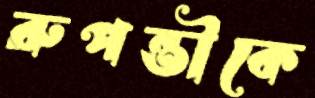
রুপন্তীকে